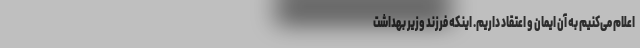
اعلام می‌کنیم به آن ایمان و اعتقاد داریم. اینکه فرزند وزیر بهداشت